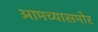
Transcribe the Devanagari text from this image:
आमच्यासमोर